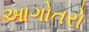
આગોતરો